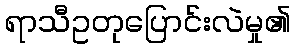
ရာသီဥတုပြောင်းလဲမှု၏